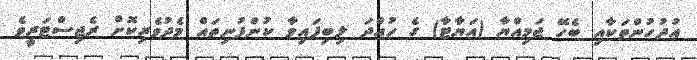
އުދުހުންތަކާއި ބެހޭ ޖަމިއްޔާ (އަޔާޓާ) ގެ ހުއްދަ ލިބިފައިވާ ކުންފުނިތައް މެދުވެރިކޮށް ރެޖިސްޓަރީވެ